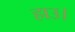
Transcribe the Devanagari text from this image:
हाउ।